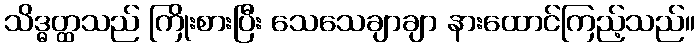
သိဒ္ဓတ္ထသည် ကြိုးစားပြီး သေသေချာချာ နားထောင်ကြည့်သည်။